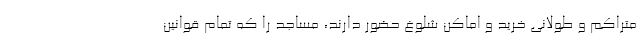
متراکم و طولانی خرید و اماکن شلوغ حضور دارند، مساجد را که تمام قوانین